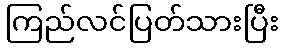
ကြည်လင်ပြတ်သားပြီး